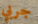
جربي